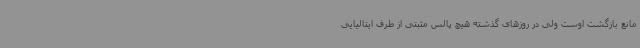
مانع بازگشت اوست ولی در روزهای گذشته هیچ پالس مثبتی از طرف ایتالیایی